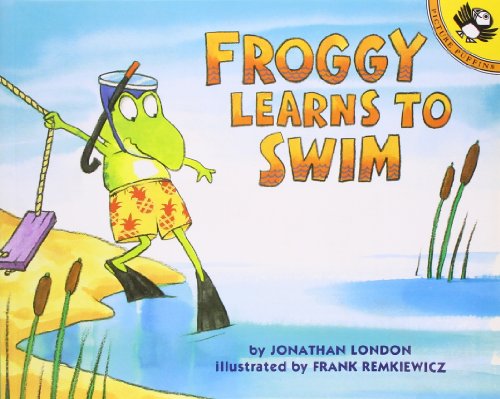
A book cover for Froggy Learns to Swim; Jonathan London; Children's Books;